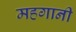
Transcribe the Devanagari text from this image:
महगानी